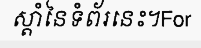
ស្តាំនៃទំព័រនេះ។For